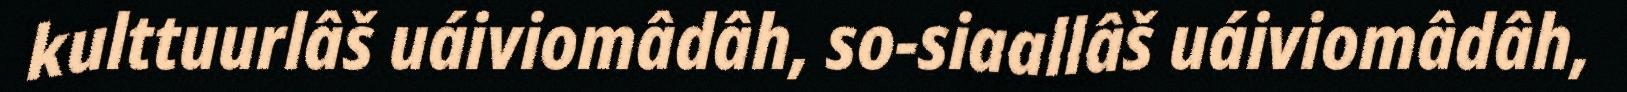
kulttuurlâš uáiviomâdâh, so-siaallâš uáiviomâdâh,